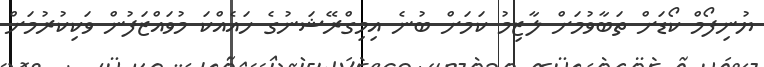
ޔުނިފޯމް ކޯޑަށް ތަބާވުމަށް ލާޒިމު ކަމަށް ބުނެ އިމިގްރޭޝަނުގެ ހައެއްކަ މުވައްޒަފުން ވަކިކުރުމަށް